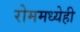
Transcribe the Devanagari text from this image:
रोममध्येही